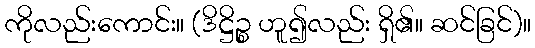
ကိုလည်းကောင်း။ (ဒိဋ္ဌိဉ္စ ဟူ၍လည်း ရှိ၏။ ဆင်ခြင်)။